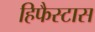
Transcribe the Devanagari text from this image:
हिफैस्टास